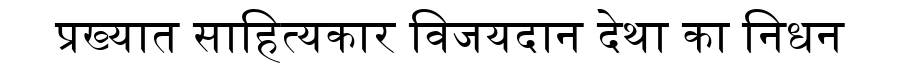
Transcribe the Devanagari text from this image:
प्रख्यात साहित्यकार विजयदान देथा का निधन